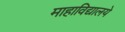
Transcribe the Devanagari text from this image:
माहाविद्यालये